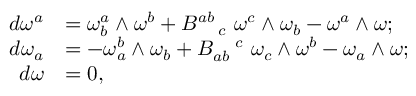
\begin{array} { r l } { d \omega ^ { a } } & { = \omega _ { b } ^ { a } \wedge \omega ^ { b } + B _ { \quad c } ^ { a b } \ \omega ^ { c } \wedge \omega _ { b } - \omega ^ { a } \wedge \omega ; } \\ { d \omega _ { a } } & { = - \omega _ { a } ^ { b } \wedge \omega _ { b } + B _ { a b } ^ { \quad c } \ \omega _ { c } \wedge \omega ^ { b } - \omega _ { a } \wedge \omega ; } \\ { d \omega } & { = 0 , } \end{array}